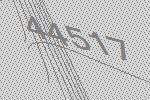
44517